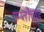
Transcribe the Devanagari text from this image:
एम्प्लीच्यूड